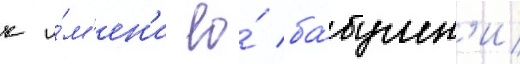
к и́м'ен'и ео́ ба́бушк'и